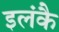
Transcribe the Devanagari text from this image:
इलंकै